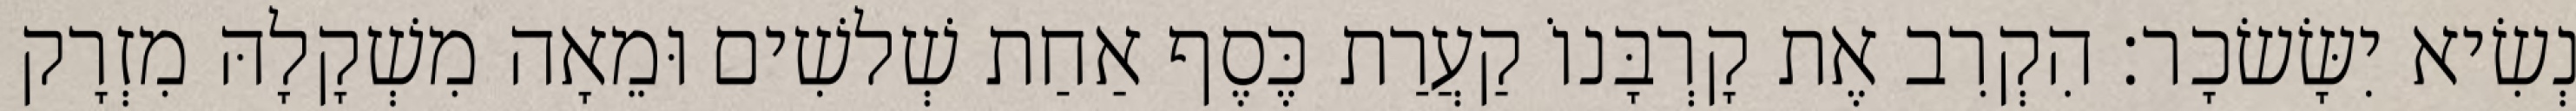
נְשִׂיא יִשָּׂשׂכָר׃ הִקְרִב אֶת קָרְבָּנוֹ קַעֲרַת כֶּסֶף אַחַת שְׁלשִׁים וּמֵאָה מִשְׁקָלָהּ מִזְרָק